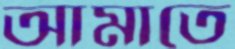
আমাতে